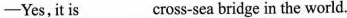
——Yes,it is ___ cross-sea bridge in the world.